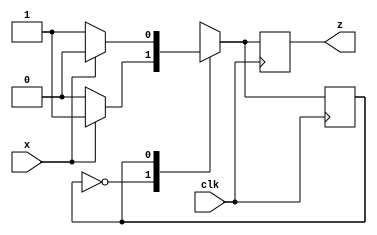
module parity_gen (x, clk, z);
   input x, clk;
   output reg z;
   reg even_odd;
   parameter EVEN = 0, ODD=1;
   
   always @ (posedge clk)
     case (even_odd) 
      EVEN: begin
         z <= x ? 1 : 0;
         even_odd <= x ? ODD : EVEN;
       end
      ODD: begin
         z <= x ? 0 : 1;
         even_odd <= x ? EVEN : ODD;
        end
      default: even_odd <= EVEN;
    endcase
endmodule